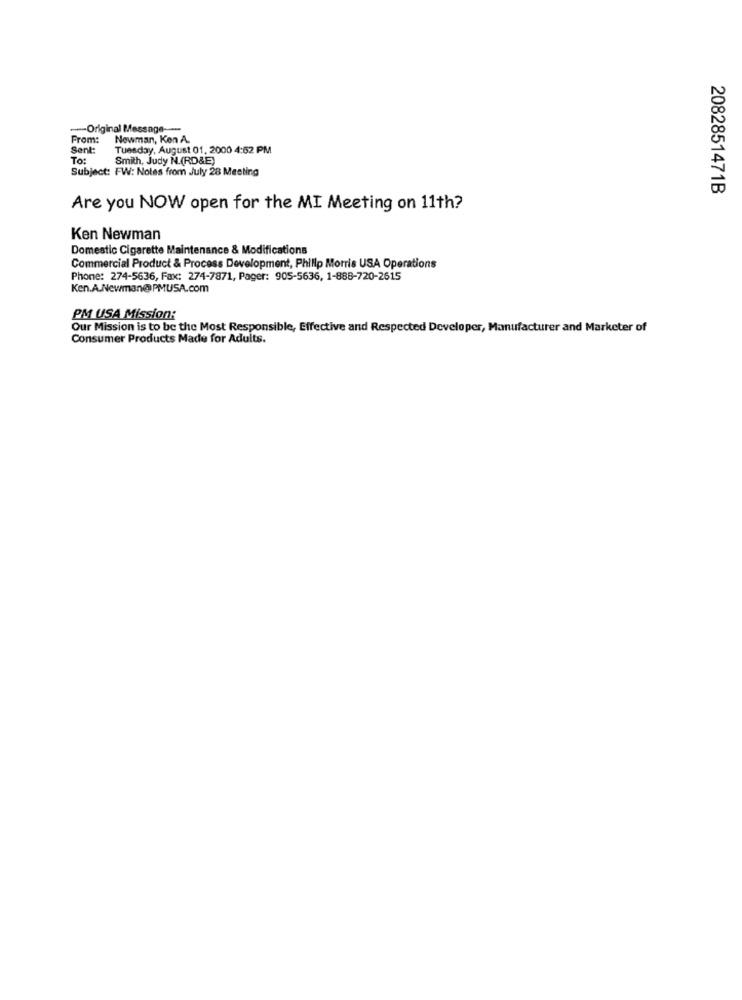
-Original Message ----
From:
Newman, Ken A.
Sent:
Tuesday, August 01, 2000 4:52 PM
To:
Smith, Judy N.(RD&E)
Subject: FW: Notes from July 28 Meeting
2082851471B
Are you NOW open for the MI Meeting on 11th?
Ken Newman
Domestic Cigarette Maintenance & Modifications
Commercial Product & Process Development, Philip Morris USA Operations
Phone: 274-5636, Fax: 274-7871, Pager: 905-5636, 1-888-720-2615
Ken.A.Newman@ PMUSA.com
PM USA Mission:
Our Mission is to be the Most Responsible, Effective and Respected Developer, Manufacturer and Marketer of
Consumer Products Made for Adults.